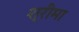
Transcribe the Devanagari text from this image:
श्रीमा